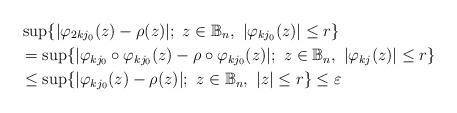
LaTeX: \begin{align*}&\sup\{|\varphi_{2kj_0}(z)-\rho(z)|; \ z\in \mathbb{B}_n, \ |\varphi_{kj_0}(z)|\leq r\}\\&=\sup\{|\varphi_{kj_0}\circ \varphi_{kj_0}(z)-\rho\circ \varphi_{kj_0}(z)|; \ z\in \mathbb{B}_n, \ |\varphi_{kj}(z)|\leq r\}\\&\leq\sup\{|\varphi_{kj_0}(z)-\rho(z)|; \ z\in \mathbb{B}_n, \ |z|\leq r\}\leq\varepsilon\end{align*}